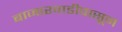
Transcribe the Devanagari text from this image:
बाजारवाडीपासून